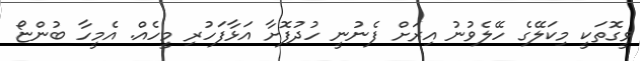
ވީގޮތަކީ މިކަލޭގެ ހޭލެވުނު އިރަށް ފެނުނީ ހުދުފޮށާ އަޅާފަހުރި މީހެއް. އެމީހާ ބުންޏޯ